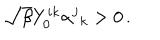
\sqrt { \beta } Y _ { 0 } ^ { i k } \alpha ^ { j } { } _ { k } > 0 \, .